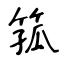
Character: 箛